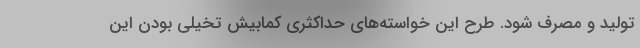
تولید و مصرف شود. طرح این خواسته‌های حداکثری کمابیش تخیلی بودن این